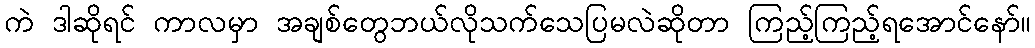
ကဲ ဒါဆိုရင် ကာလမှာ အချစ်တွေဘယ်လိုသက်သေပြမလဲဆိုတာ ကြည့်ကြည့်ရအောင်နော်။